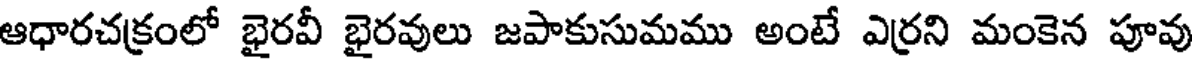
ఆధారచక్రంలో భైరవీ భైరవులు జపాకుసుమము అంటే ఎర్రని మంకెన పూవు